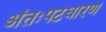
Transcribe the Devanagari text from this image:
अंतःपटधारण